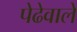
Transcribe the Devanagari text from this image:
पेढेवाले